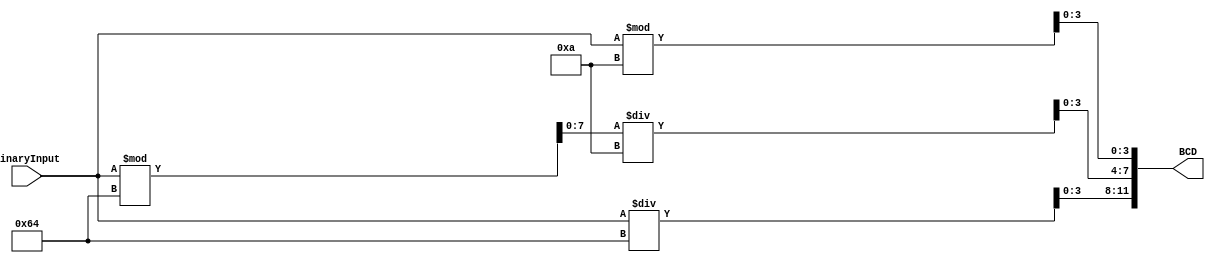
module Encoder_BCD_3(output reg [11:0] BCD, input [7:0] BinaryInput);


	wire [7:0] quotient100;
	wire [7:0] remainder100;
	wire [7:0] quotient10;
	wire [7:0] remainder10;

	assign quotient100 = BinaryInput/'d100;
	assign remainder100 = BinaryInput%'d100;
	assign quotient10 = remainder100/'d10;
	assign remainder10 = BinaryInput%'d10;
	
	always @ (BinaryInput)
		begin
		
			BCD[11:8] = quotient100;
			BCD [7:4] = quotient10;
			BCD [3:0] = remainder10;
			
		end
		
endmodule